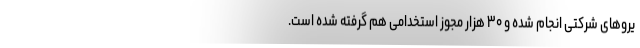
یروهای شرکتی انجام شده و ۳۰ هزار مجوز استخدامی هم گرفته شده است.